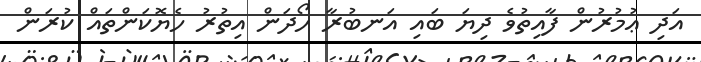
އަދި ޢުމުރުން ފާއިތުވެ ދިޔަ ބައި އަނބުރާ ހޯދަން އިތުރު ހެޔޮކަންތައް ކުރަން